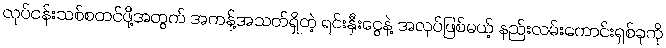
လုပ်ငန်းသစ်စတင်ဖို့အတွက် အကန့်အသတ်ရှိတဲ့ ရင်းနှီးငွေနဲ့ အလုပ်ဖြစ်မယ့် နည်းလမ်းကောင်းရှစ်ခုကို